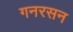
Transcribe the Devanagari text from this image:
गनरसन